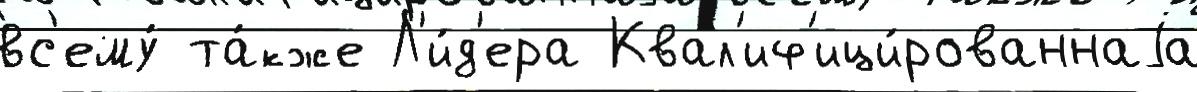
вс'ему́ та́кже Л'и́д'ера Квал'иф'ици́рованнаjа